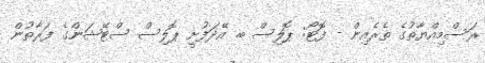
ރަސްމިއްޔާތުގެ ތެރެއިން - ފޮޓޯ: ޕޮލިސް ބ. އޭދަފުށީ ޕޮލިސް ސްޓޭޝަންގެ ފަރާތުން